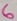
Text: 6